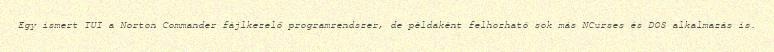
Egy ismert TUI a Norton Commander fájlkezelő programrendszer, de példaként felhozható sok más NCurses és DOS alkalmazás is.